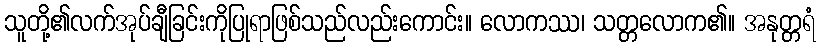
သူတို့၏လက်အုပ်ချီခြင်းကိုပြုရာဖြစ်သည်လည်းကောင်း။ လောကဿ၊ သတ္တလောက၏။ အနုတ္တရံ